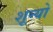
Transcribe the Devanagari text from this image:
शून्यो